Leaving Certificate Examination, 1922
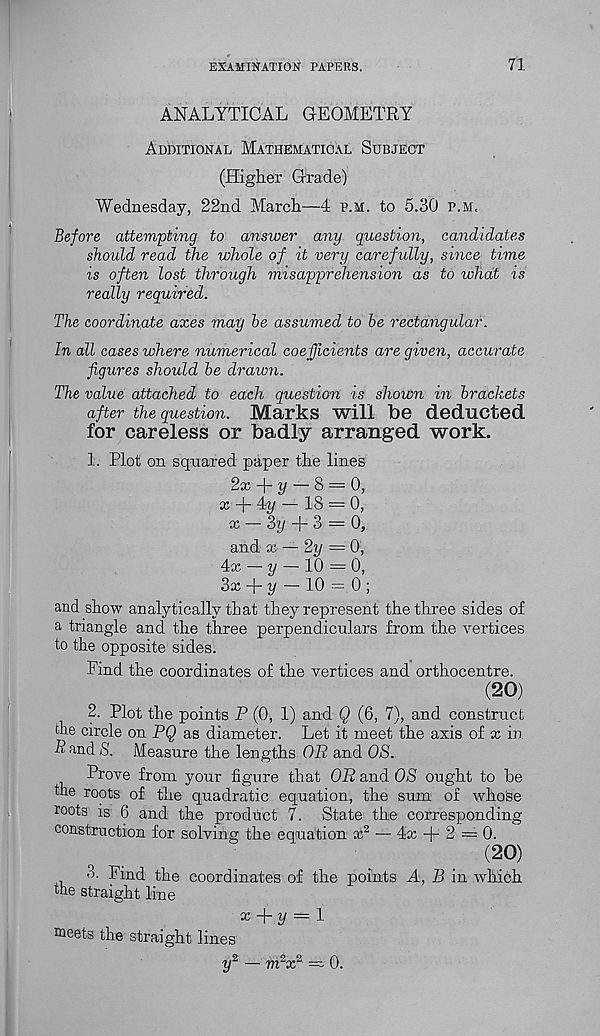
EXAMINATION PAPERS.
71
ANALYTICAL GEOMETRY
Additional Mathematical Subject
(Higher Grade)
Wednesday, 22nd March—4 p.m. to 5.30 p.m.
Before attempting to answer any question, candidates
should read the whole of it very carefully, since time
is often lost through misapprehension as to what is
really required.
The coordinate axes may he assumed to he rectangular.
In all cases where numerical coefficients are given, accurate
figures should he drawn.
The value attached to each question is shown in brackets
after the question. Marks will be deducted
for careless or badly arranged work.
1. Plot on squared paper the lines
2x + y — 8 = 0,
x + 4?/ — 18 = 0,
x — % -j- 3 = 0,
and x — 2y = 0,
4x — y — 10 = 0,
3x-\-y'— 10 = 0 ;
and show analytically that they represent the three sides of
a triangle and the three perpendiculars from the vertices
to the opposite sides.
Find the coordinates of the vertices and orthocentre.
(20)
2. Plot the points P (0, 1) and Q (6, 7), and construct
die circle on PQ as diameter. Let it meet the axis of x in
P and S. Measure the lengths OR and OS.
Prove from your figure that OP and OS ought to he
the roots of the quadratic equation, the sum of whose
roots is 6 and the product 7. State the corresponding
construction for solving the equation x 2 — 4x -)- 2 = 0.
.
(20)
.
' 9j ' ^nd the coordinates of the points A, B in which
the straight line
x -f- y = 1
roeets the straight lines
y 2 — m 2 x 2 = 0.